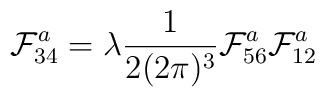
\mathcal{F}_{34}^a = \lambda \frac{1}{2(2\pi)^3}\mathcal{F}_{56}^a\mathcal{F}_{12}^a